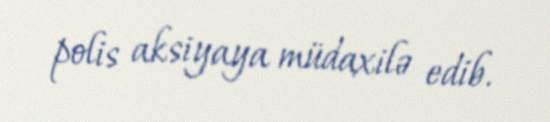
polis aksiyaya müdaxilə edib.